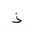
Letter: _thal